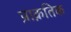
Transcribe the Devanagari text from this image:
प्राक़तिक